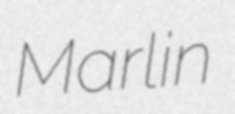
Marlin